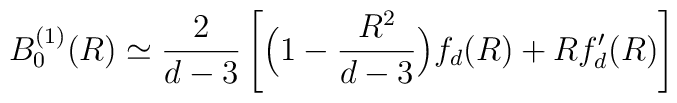
B_0^{(1)}(R) \simeq \frac{2}{d-3}\left[ \Big(1 -\frac{R^2}{d-3} \Big) f_d(R)  + R f_d'(R)  \right]